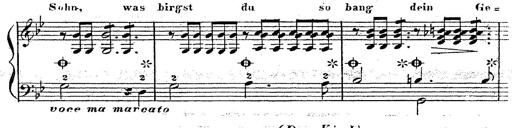
Title: 12 Lieder von Franz Schubert
Composer: Franz Liszt